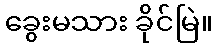
ခွေးမသား ခိုင်မြဲ။